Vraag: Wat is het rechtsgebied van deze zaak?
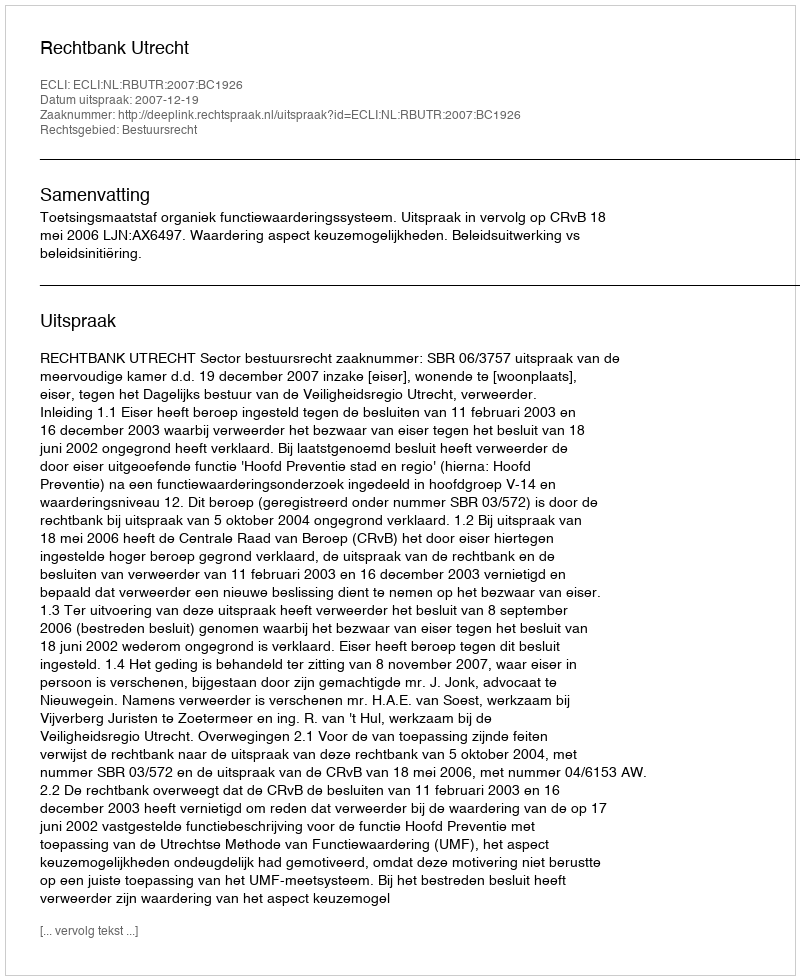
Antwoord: Bestuursrecht